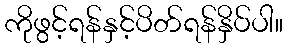
ကိုဖွင့်ရန်နှင့်ပိတ်ရန်နှိပ်ပါ။